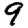
Digit: 9